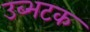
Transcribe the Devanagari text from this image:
उब्भटक